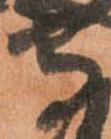
守